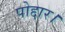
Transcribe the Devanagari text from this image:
पोद्दार।